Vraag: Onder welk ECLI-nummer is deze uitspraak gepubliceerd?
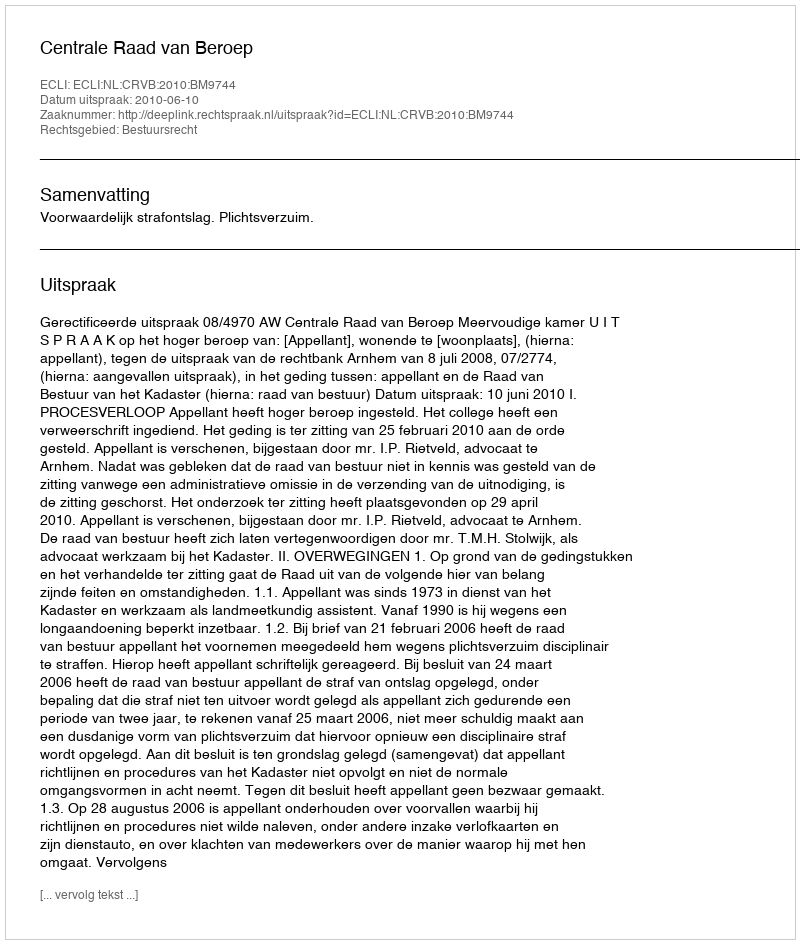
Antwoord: ECLI:NL:CRVB:2010:BM9744